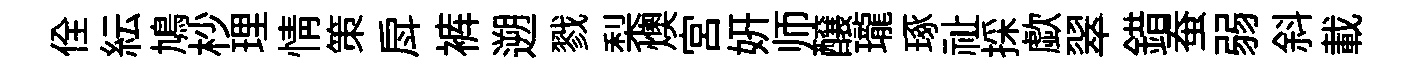
佺紜鳩杪理情策戽裤遡戮梨燠宫妍师醸瓏琢祉採歔翠錯蚕弱斜載